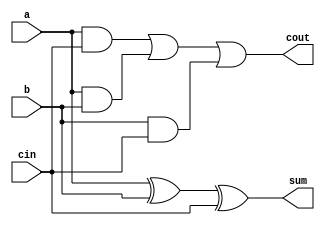
`timescale 1ns / 1ps
//////////////////////////////////////////////////////////////////////////////////
// Company: 
// Engineer: 
// 
// Design Name: 
// Module Name: fulladder
// Project Name: 
// Target Devices: 
// Tool Versions: 
// Description: 
// 
// Dependencies: 
// 
// Revision:
// Revision 0.01 - File Created
// Additional Comments:
// 
//////////////////////////////////////////////////////////////////////////////////


module fulladder(
    input a,
    input b,
    input cin,
    output sum,
    output cout
    );
    
    assign sum = a^b^cin;
    assign cout = (a & cin) | (a & b) | (b & cin);
endmodule